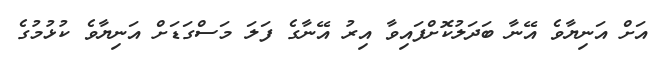
އަށް އަނިޔާވެ އޭނާ ބަދަލުކޮށްފައިވާ އިރު އޭނާގެ ފަލަ މަސްގަޑަށް އަނިޔާވެ ކުޅުމުގެ